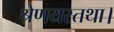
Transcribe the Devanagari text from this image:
श्रेणयस्तथा।